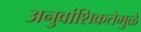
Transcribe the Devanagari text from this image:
अनुवांशिकतेमुळे